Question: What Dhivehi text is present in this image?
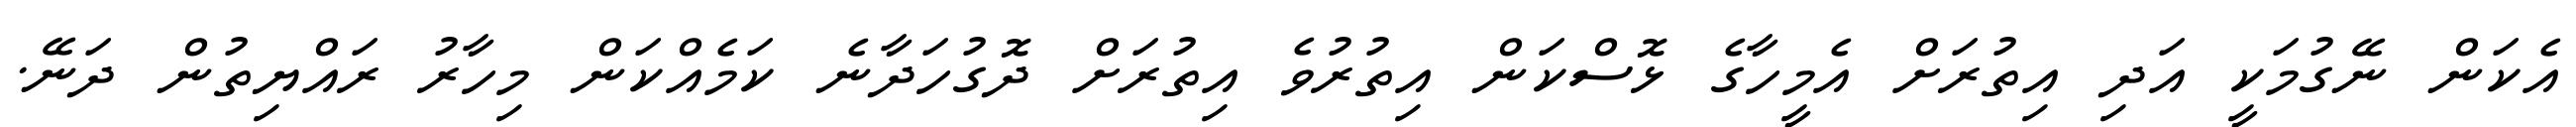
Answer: އެކަން ނޭގުމަކީ އަދި އިތުރަށް އެމީހާގެ ޅޮސްކަން އިތުރުވެ އިތުރަށް ދޮގުހަދާނެ ކަމެއްކަން މިހާރު ރައްޔިތުން ދަނޭ.